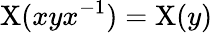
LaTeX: \mathrm{X}(xyx^{-1})=\mathrm{X}(y)